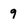
Character: 9